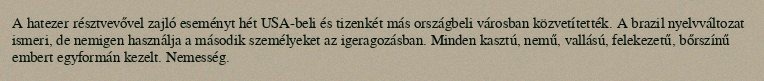
A hatezer résztvevővel zajló eseményt hét USA-beli és tizenkét más országbeli városban közvetítették. A brazil nyelvváltozat ismeri, de nemigen használja a második személyeket az igeragozásban. Minden kasztú, nemű, vallású, felekezetű, bőrszínű embert egyformán kezelt. Nemesség.